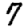
Digit: 7